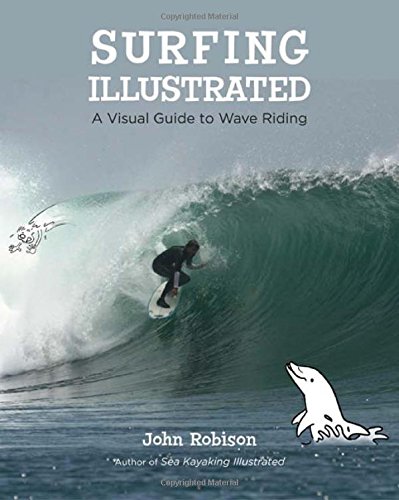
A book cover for Surfing Illustrated: A Visual Guide to Wave Riding; John Robison; Sports & Outdoors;